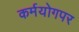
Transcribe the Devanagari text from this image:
कर्मयोगपर